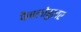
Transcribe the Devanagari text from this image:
पैनलोबुलर